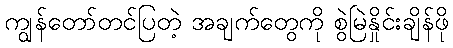
ကျွန်တော်တင်ပြတဲ့ အချက်တွေကို စွဲမြဲနှိုင်းချိန်ဖို